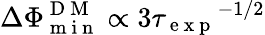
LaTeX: \Delta\Phi_{\mathrm{~m~i~n~}}^{\mathrm{~D~M~}}\propto 3{\tau_{\mathrm{~e~x~p~}}}^{-1/2}